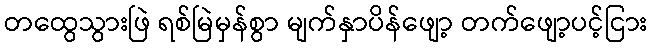
တထွေသွားဖြဲ ရစ်မြဲမှန်စွာ မျက်နှာပိန်ဖျော့ တက်ဖျော့ပင့်ငြား